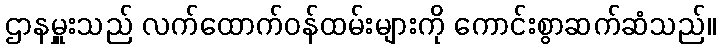
ဌာနမှူးသည် လက်ထောက်ဝန်ထမ်းများကို ကောင်းစွာဆက်ဆံသည်။